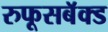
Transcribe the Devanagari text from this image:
रुफूसबॅक्ड